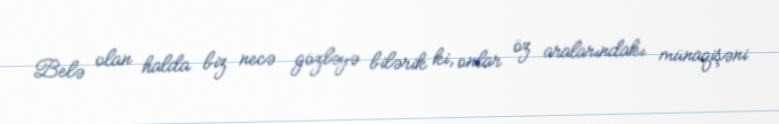
Belə olan halda biz necə gözləyə bilərik ki, onlar öz aralarındakı münaqişəni